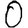
Digit: 0